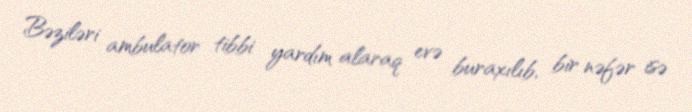
Bəziləri ambulator tibbi yardım alaraq evə buraxılıb, bir nəfər isə